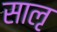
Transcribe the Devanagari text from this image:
साऌ